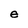
Character: e